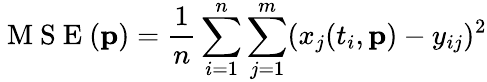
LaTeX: \mathrm{~M~S~E~}(\mathbf{p})=\frac{1}{n}\sum_{i=1}^{n}\sum_{j=1}^{m}(x_{j}(t_{i},\mathbf{p})-y_{ij})^{2}